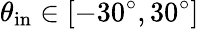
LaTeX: \theta_{\mathrm{in}}\in[-30^{\circ},30^{\circ}]